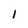
Character: 1